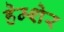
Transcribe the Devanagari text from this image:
हेम्शेर